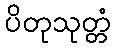
ပိတုသုတ္တံ